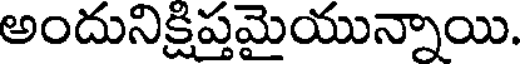
అందునిక్షిప్తమైయున్నాయి.